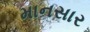
માનસાર